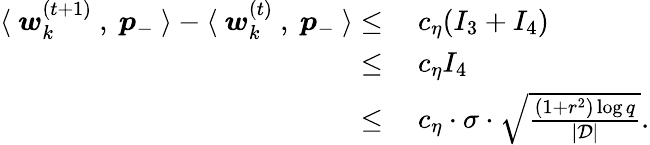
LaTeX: \begin{array}{rl}{\langle~{\boldsymbol w}_{k}^{(t+1)}~,~{\boldsymbol p}_{-}~\rangle-\langle~{\boldsymbol w}_{k}^{(t)}~,~{\boldsymbol p}_{-}~\rangle\le}&{~c_{\eta}(I_{3}+I_{4})}\\ {\le}&{~c_{\eta}I_{4}}\\ {\le}&{~c_{\eta}\cdot\sigma\cdot\sqrt{\frac{(1+r^{2})\log q}{|\mathcal{D}|}}.}\end{array}